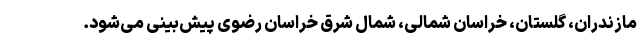
مازندران، گلستان، خراسان شمالی، شمال شرق خراسان رضوی پیش‌بینی می‌شود.